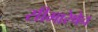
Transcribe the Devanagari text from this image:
सीमारेषेच